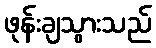
ဖုန်းချသွားသည်